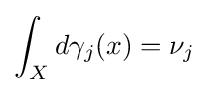
\int _{X}d\gamma _{j}(x)=\nu _{j}